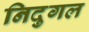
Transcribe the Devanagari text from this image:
निदुगल